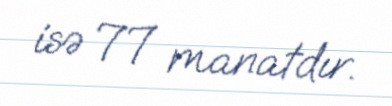
isə 77 manatdır.